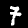
Digit: 7